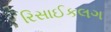
રિસાઈકલગ